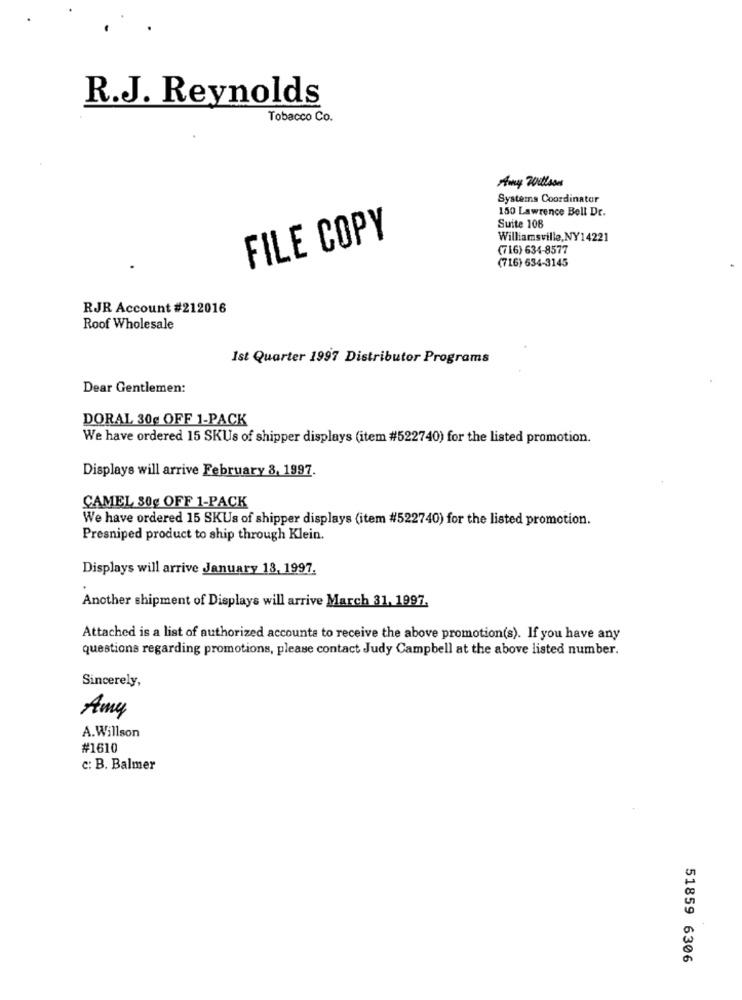
R.J. Reynolds
Tobacco Co.
Amy Willson
Systems Coordinator
150 Lawrence Bell Dr.
Suite 108
FILE COPY
Williamsville,NY14221
(716) 634-8577
(716) 534-3145
RJR Account #212016
Roof Wholesale
Ist Quarter 1997 Distributor Programs
Dear Gentlemen:
DORAL 30g OFF 1-PACK
We have ordered 15 SKUs of shipper displays (item #522740) for the listed promotion.
Displays will arrive February 8, 1997.
CAMEL 30g OFF 1-PACK
We have ordered 15 SKUs of shipper displays (item #522740) for the listed promotion.
Presniped product to ship through Klein.
Displays will arrive January 18, 1997.
Another shipment of Displays will arrive March 31, 1997.
Attached is a list of authorized accounts to receive the above promotion(s). If you have any
questions regarding promotions, please contact Judy Campbell at the above listed number.
Sincerely,
Amy
A.Willson
#1610
c: B. Balmer
51859 6306